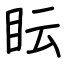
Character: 眃